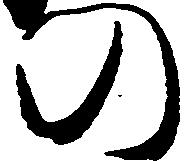
の